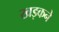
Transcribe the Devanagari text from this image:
खड़कने